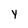
Character: y